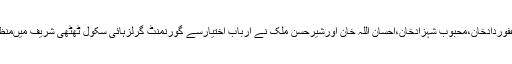
عوامی وسماجی شخصیات کے علاوہ سلیم شہزادخان،غفوردادخان،محبوب شہزادخان،احسان اللہ خان اورشیرحسن ملک نے ارباب اختیارسے گورنمنٹ گرلزہائی سکول ٹھٹھی شریف میںمنظوری دے کراُسے عملی جامہ پہنانے کامطالبہ کیاہے۔